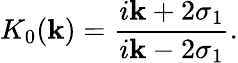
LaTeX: K_{0}(\mathbf{k})=\frac{{i\mathbf{k}+2\sigma_{1}}}{{i\mathbf{k}-2\sigma_{1}}}.